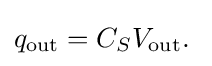
q_{\text{out}}=C_{S}V_{\text{out}}.\